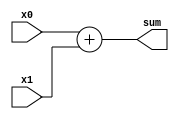
module Adder(
  input [31:0] x0,
  input [31:0] x1,  
  output reg [31:0] sum
  );

always@(*) begin
  sum = x0 + x1;
end

endmodule